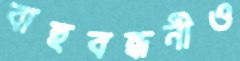
বাহুবন্ধনীও